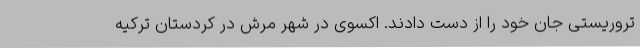
تروریستی جان خود را از دست دادند. اکسوی در شهر مرش در کردستان ترکیه